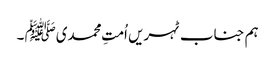
ہم جناب ٹہریں اُمتِ محمدیﷺ ۔